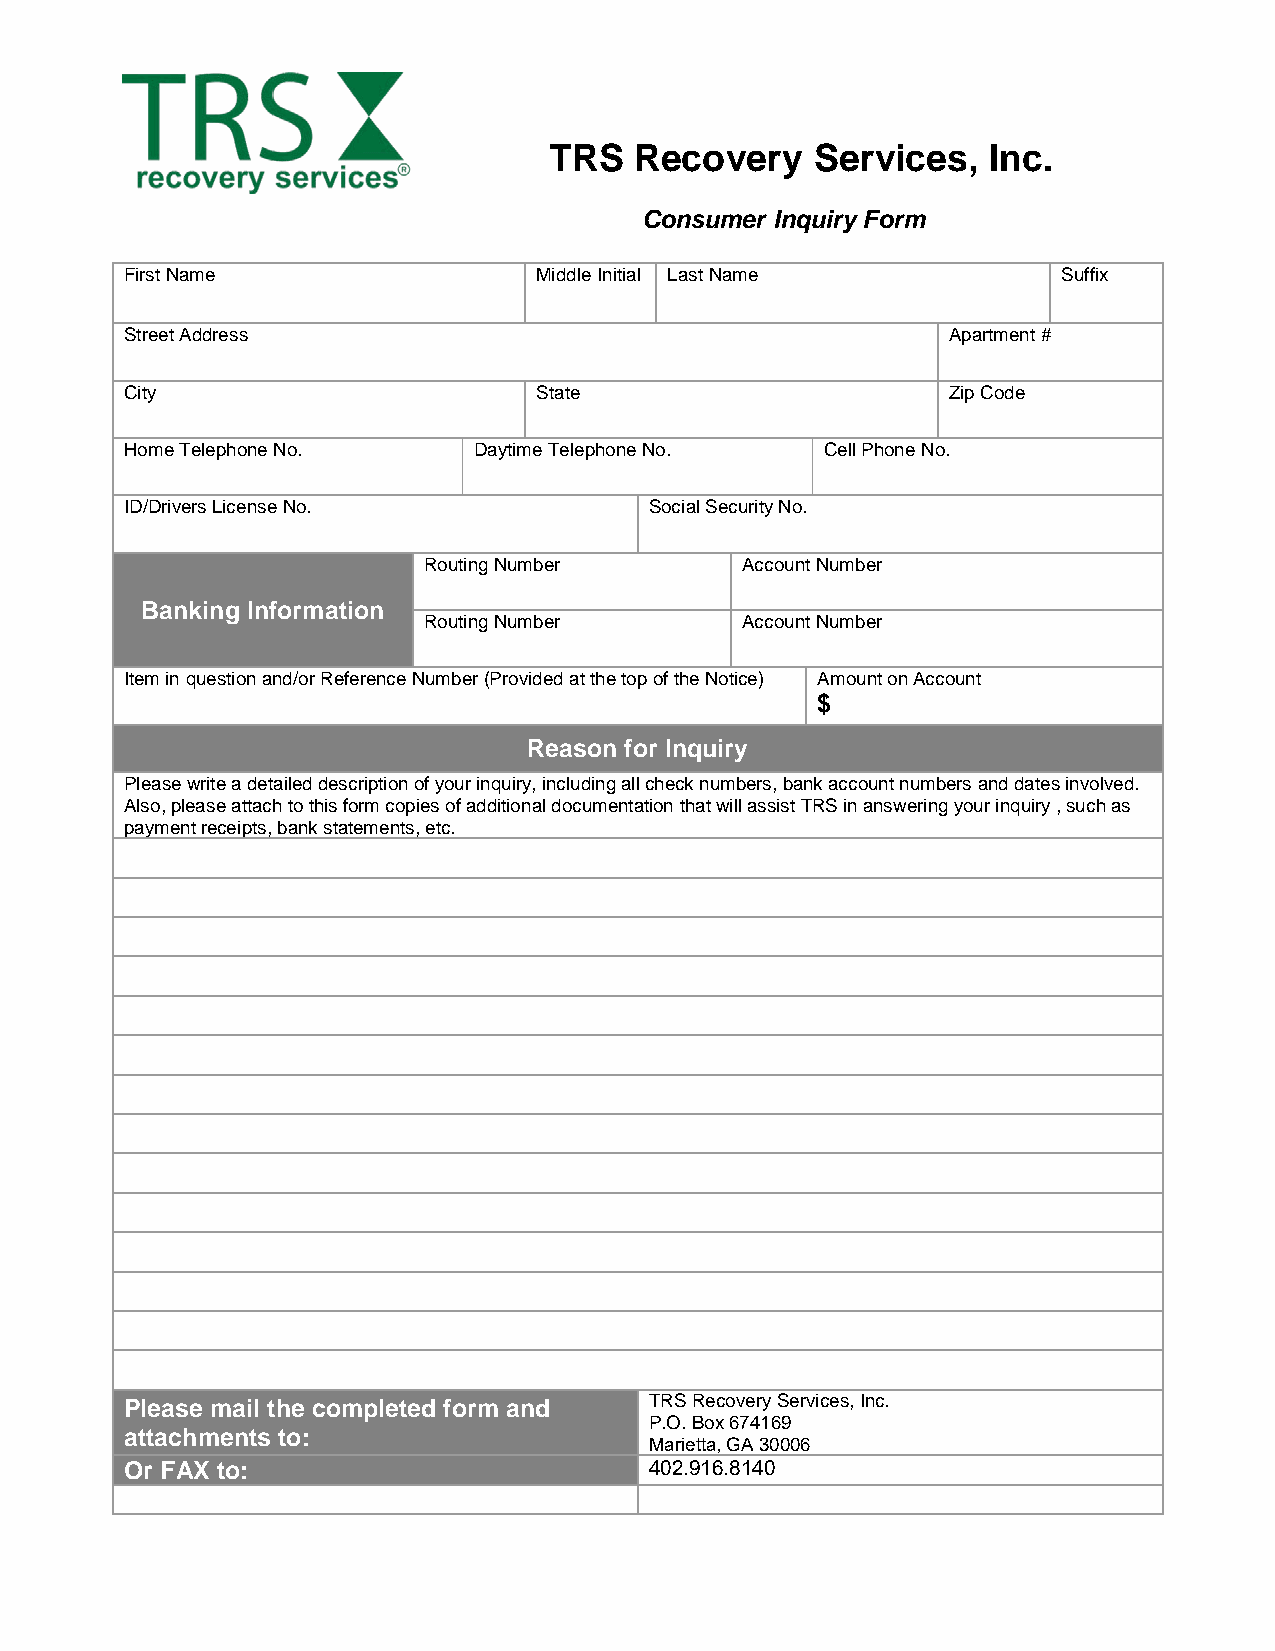
TRS   Recovery    Services,  Inc.
 Consumer Inquiry Form
 First Name                  Middle Initial Last Name          Suffix
 Street Address                                         Apartment #
 City                        State                      Zip Code
 Home Telephone No.     Daytime Telephone No.   Cell Phone No.
 ID/Drivers License No.             Social Security No.
 Routing Number       Account Number
 Banking Information
 Routing Number       Account Number
 Item in question and/or Reference Number (Provided at the top of the Notice) Amount on Account
 $
 Reason for Inquiry
 Please write a detailed description of your inquiry, including all check numbers, bank account numbers and dates involved.
 Also, please attach to this form copies of additional documentation that will assist TRS in answering your inquiry , such as
 payment receipts, bank statements, etc.
 TRS Recovery Services, Inc.
 Please mail the completed form and
 P.O. Box 674169
 attachments to:
 Marietta, GA 30006
 Or FAX to:                         402.916.8140